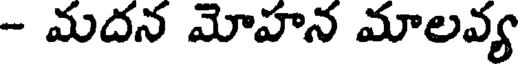
- మదన మోహన మాలవ్య